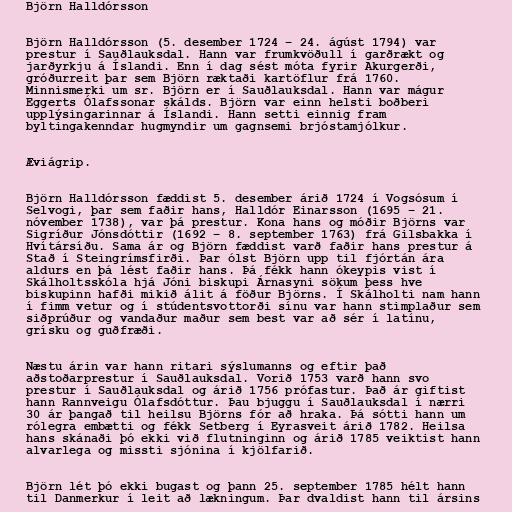
Björn Halldórsson

Björn Halldórsson (5. desember 1724 – 24. ágúst 1794) var
prestur í Sauðlauksdal. Hann var frumkvöðull í garðrækt og
jarðyrkju á Íslandi. Enn í dag sést móta fyrir Akurgerði,
gróðurreit þar sem Björn ræktaði kartöflur frá 1760.
Minnismerki um sr. Björn er í Sauðlauksdal. Hann var mágur
Eggerts Ólafssonar skálds. Björn var einn helsti boðberi
upplýsingarinnar á Íslandi. Hann setti einnig fram
byltingakenndar hugmyndir um gagnsemi brjóstamjólkur.

Æviágrip.

Björn Halldórsson fæddist 5. desember árið 1724 í Vogsósum í
Selvogi, þar sem faðir hans, Halldór Einarsson (1695 – 21.
nóvember 1738), var þá prestur. Kona hans og móðir Björns var
Sigríður Jónsdóttir (1692 – 8. september 1763) frá Gilsbakka í
Hvítársíðu. Sama ár og Björn fæddist varð faðir hans prestur á
Stað í Steingrímsfirði. Þar ólst Björn upp til fjórtán ára
aldurs en þá lést faðir hans. Þá fékk hann ókeypis vist í
Skálholtsskóla hjá Jóni biskupi Árnasyni sökum þess hve
biskupinn hafði mikið álit á föður Björns. Í Skálholti nam hann
í fimm vetur og í stúdentsvottorði sínu var hann stimplaður sem
siðprúður og vandaður maður sem best var að sér í latínu,
grísku og guðfræði.

Næstu árin var hann ritari sýslumanns og eftir það
aðstoðarprestur í Sauðlauksdal. Vorið 1753 varð hann svo
prestur í Sauðlauksdal og árið 1756 prófastur. Það ár giftist
hann Rannveigu Ólafsdóttur. Þau bjuggu í Sauðlauksdal í nærri
30 ár þangað til heilsu Björns fór að hraka. Þá sótti hann um
rólegra embætti og fékk Setberg í Eyrasveit árið 1782. Heilsa
hans skánaði þó ekki við flutninginn og árið 1785 veiktist hann
alvarlega og missti sjónina í kjölfarið.

Björn lét þó ekki bugast og þann 25. september 1785 hélt hann
til Danmerkur í leit að lækningum. Þar dvaldist hann til ársins